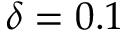
\delta = 0 . 1